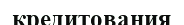
кредитования